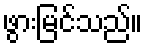
ဖွားမြင်သည်။